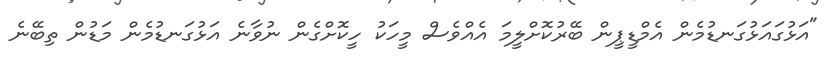
"އަޅުގައަޅުގަނޑުމެން އެމްޑީޕީން ބޭރުކޮށްލީމަ އެއްވެސް މީހަކު ހީކޮށްގެން ނުވާނެ އަޅުގަނޑުމެން މަޑުން ތިބޭނެ